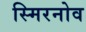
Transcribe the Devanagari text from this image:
स्मिरनोव